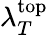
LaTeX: \lambda_{T}^{\mathrm{top}}